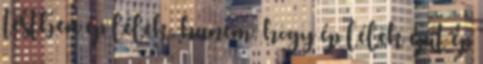
testben ép lélek, hanem, hogy ép lélek épít ép